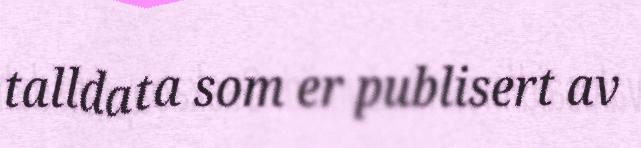
talldata som er publisert av